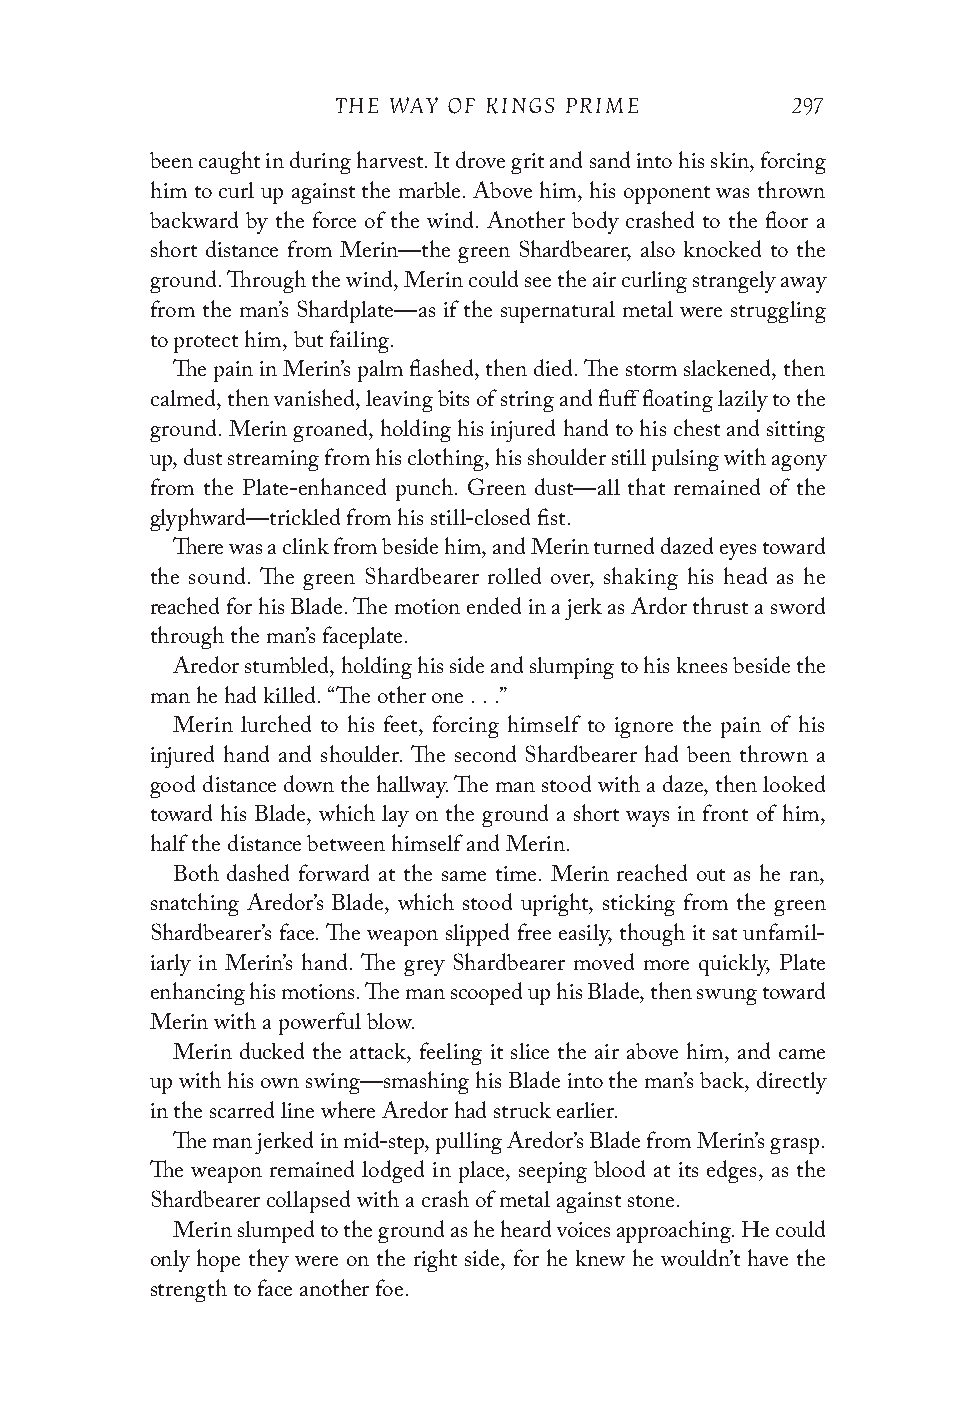
THE WAY OF KINGS PRIME        297
 been caught in during harvest. It drove grit and sand into his skin, forcing
 him to curl up against the marble. Above him, his opponent was thrown
 backward by the force of the wind. Another body crashed to the floor a
 short distance from Merin—the green Shardbearer, also knocked to the
 ground. Through the wind, Merin could see the air curling strangely away
 from the man’s Shardplate—as if the supernatural metal were struggling
 to protect him, but failing.
 The pain in Merin’s palm flashed, then died. The storm slackened, then
 calmed, then vanished, leaving bits of string and fluff floating lazily to the
 ground. Merin groaned, holding his injured hand to his chest and sitting
 up, dust streaming from his clothing, his shoulder still pulsing with agony
 from the Plate-enhanced punch. Green dust—all that remained of the
 glyphward—trickled from his still-closed fist.
 There was a clink from beside him, and Merin turned dazed eyes toward
 the sound. The green Shardbearer rolled over, shaking his head as he
 reached for his Blade. The motion ended in a jerk as Ardor thrust a sword
 through the man’s faceplate.
 Aredor stumbled, holding his side and slumping to his knees beside the
 man he had killed. “The other one . . .”
 Merin lurched to his feet, forcing himself to ignore the pain of his
 injured hand and shoulder. The second Shardbearer had been thrown a
 good distance down the hallway. The man stood with a daze, then looked
 toward his Blade, which lay on the ground a short ways in front of him,
 half the distance between himself and Merin.
 Both dashed forward at the same time. Merin reached out as he ran,
 snatching Aredor’s Blade, which stood upright, sticking from the green
 Shardbearer’s face. The weapon slipped free easily, though it sat unfamil-
 iarly in Merin’s hand. The grey Shardbearer moved more quickly, Plate
 enhancing his motions. The man scooped up his Blade, then swung toward
 Merin with a powerful blow.
 Merin ducked the attack, feeling it slice the air above him, and came
 up with his own swing—smashing his Blade into the man’s back, directly
 in the scarred line where Aredor had struck earlier.
 The man jerked in mid-step, pulling Aredor’s Blade from Merin’s grasp.
 The weapon remained lodged in place, seeping blood at its edges, as the
 Shardbearer collapsed with a crash of metal against stone.
 Merin slumped to the ground as he heard voices approaching. He could
 only hope they were on the right side, for he knew he wouldn’t have the
 strength to face another foe.